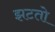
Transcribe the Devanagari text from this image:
झटतो